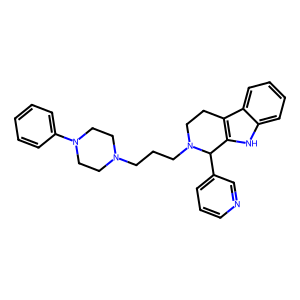
SMILES: c1ccc(N2CCN(CCCN3CCc4c([nH]c5ccccc45)C3c3cccnc3)CC2)cc1
Inhibits HIV replication: No